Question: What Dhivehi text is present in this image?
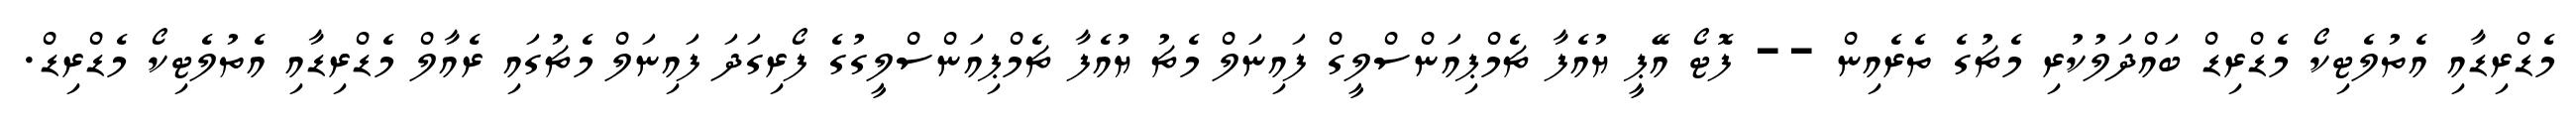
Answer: މެޑްރިޑާއި އެތުލެޓިކޯ މެޑްރިޑް ބައްދަލުކުރި މެޗުގެ ތެރެއިން -- ފޮޓޯ އޭޕީ ޔުއެފާ ޗެމްޕިއަންސްލީގް ފައިނަލް މެޗު ޔުއެފާ ޗެމްޕިއަންސްލީގުގެ ފޯރިގަދަ ފައިނަލް މެޗުގައި ރެއާލް މެޑްރިޑާއި އެތުލެޓިކޯ މެޑްރިޑް.